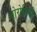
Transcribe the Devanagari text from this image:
वोरोदिनी